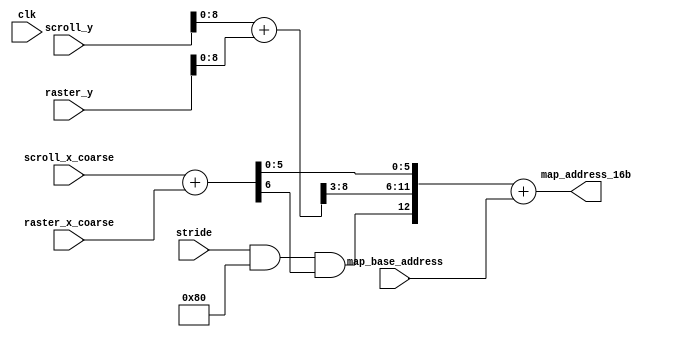
// This program was cloned from: https://github.com/dan-rodrigues/icestation-32
// License: MIT License

// vdp_map_address_generator.v
//
// Copyright (C) 2020 Dan Rodrigues <danrr.gh.oss@gmail.com>
//
// SPDX-License-Identifier: MIT

`default_nettype none

module vdp_map_address_generator #(
    parameter [0:0] REGISTERED_INPUTS = 0
) (
    input clk,

    input [9:0] scroll_y,
    input [6:0] scroll_x_coarse,

    input [9:0] raster_y,
    input [6:0] raster_x_coarse,

    input [14:0] map_base_address,
    input [7:0] stride,

    output [14:0] map_address_16b
);
    reg [9:0] scroll_y_r;
    reg [6:0] scroll_x_coarse_r;
    reg [9:0] raster_y_r;
    reg [6:0] raster_x_coarse_r;
    reg [14:0] map_base_address_r;
    reg [7:0] stride_r;

    generate
        if (REGISTERED_INPUTS) begin
            always @(posedge clk) begin
                scroll_y_r <= scroll_y;
                scroll_x_coarse_r <= scroll_x_coarse;
                raster_y_r <= raster_y;
                raster_x_coarse_r <= raster_x_coarse;
                map_base_address_r <= map_base_address;
                stride_r <= stride;
            end
        end else begin
            always @* begin
                scroll_y_r = scroll_y;
                scroll_x_coarse_r = scroll_x_coarse;
                raster_y_r = raster_y;
                raster_x_coarse_r = raster_x_coarse;
                map_base_address_r = map_base_address;
                stride_r = stride;
            end
        end
    endgenerate

    wire [6:0] column = scroll_x_coarse_r + raster_x_coarse_r;
    wire [5:0] row = (scroll_y_r + raster_y_r) >> 3;

    // cheap, only requires +1 LUT
    wire map_page_select = (stride_r & 8'h80) && column[6];

    assign map_address_16b = {map_page_select, row, column[5:0]} + map_base_address_r;

endmodule

    // Most of these are probably the "+ map_base_address" which gets optimised when 64 or 128 is used
    // Number of cells:                 54
    //   SB_CARRY                       27
    //   SB_LUT4                        27

    // this is the nicer alternative but expensive
    // not as nice of an API though

    // always @* begin
    //  if (stride & 8'h80) begin
    //      //breaks, as expected
    //      map_address = {row, column} + map_base_address;
    //  end else begin
    //      // works, as before
    //      map_address = {row, column[5:0]} + map_base_address;
    //  end
    // end

     //   Number of cells:                 90
     //     SB_CARRY                       40
     //     SB_LUT4                        50